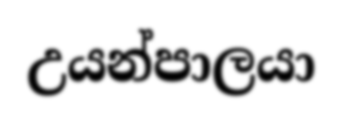
උයන්පාලයා